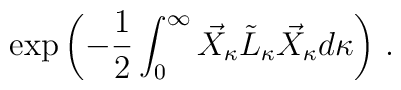
\exp\left(-\frac{1}{2}\int_0^\infty    \vec X_\kappa \tilde L_\kappa \vec X_\kappa d\kappa\right)\,.